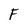
Character: F